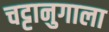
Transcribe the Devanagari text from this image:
चट्टानुगाला